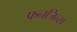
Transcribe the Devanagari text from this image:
फनजिन्स